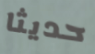
حديثا